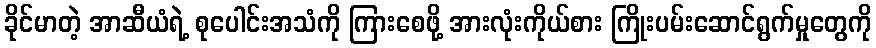
ခိုင်မာတဲ့ အာဆီယံရဲ့ စုပေါင်းအသံကို ကြားစေဖို့ အားလုံးကိုယ်စား ကြိုးပမ်းဆောင်ရွက်မှုတွေကို